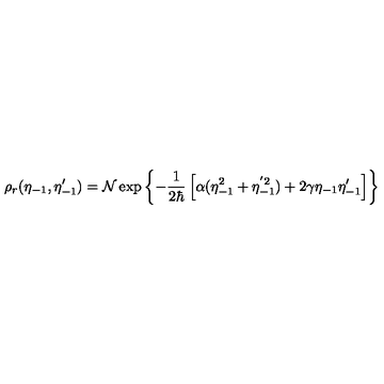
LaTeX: \rho _ { r } ( \eta _ { - 1 } , \eta _ { - 1 } ^ { \prime } ) = { \cal N } \exp \left\{ - { \frac { 1 } { 2 \hbar } } \left[ \alpha ( \eta _ { - 1 } ^ { 2 } + \eta _ { - 1 } ^ { ' 2 } ) + 2 \gamma \eta _ { - 1 } \eta _ { - 1 } ^ { \prime } \right] \right\}